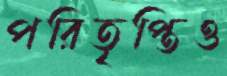
পরিতৃপ্তিও